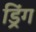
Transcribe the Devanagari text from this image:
ड्रिंग